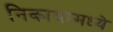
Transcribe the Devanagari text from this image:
निकायामध्ये